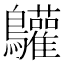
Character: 𪈩